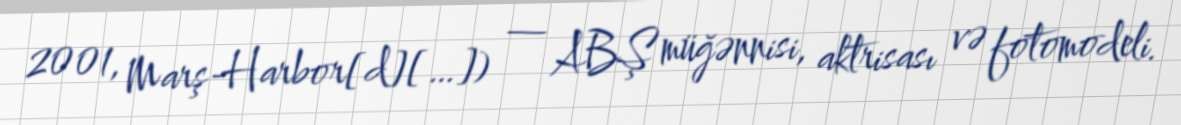
2001, Marş-Harbor[d][…]) — ABŞ müğənnisi, aktrisası və fotomodeli.